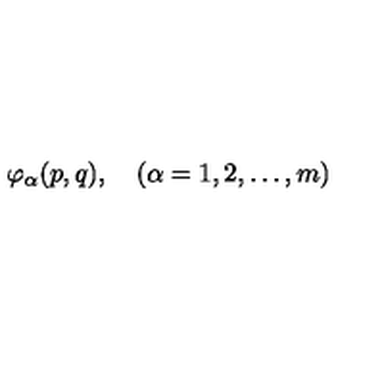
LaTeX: \varphi _ { \alpha } ( p , q ) , \quad ( \alpha = 1 , 2 , \dots , m )